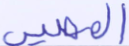
المصير